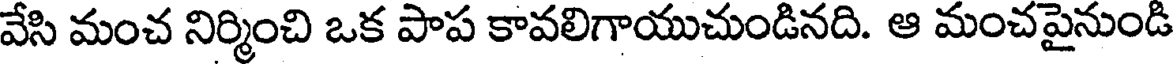
వేసి మంచ నిర్మించి ఒక పాప కావలిగాయుచుండినది. ఆ మంచపైనుండి